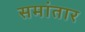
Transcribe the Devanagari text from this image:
समांतार